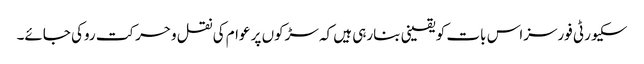
سکیورٹی فورسزاس بات کو یقینی بنارہی ہیں کہ سڑکوں پر عوام کی نقل وحرکت روکی جائے۔